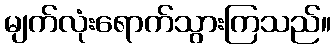
မျက်လုံးရောက်သွားကြသည်။